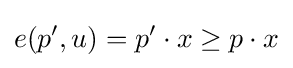
e(p^{\prime },u)=p^{\prime }\cdot x\geq p\cdot x